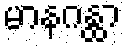
မာနဂန္ထာ